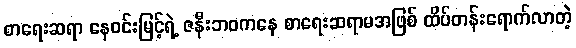
စာရေးဆရာ နေဝင်းမြင့်ရဲ့ ဇနီးဘဝကနေ စာရေးဆရာမအဖြစ် ထိပ်တန်းရောက်လာတဲ့